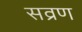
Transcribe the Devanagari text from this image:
सव्रण